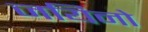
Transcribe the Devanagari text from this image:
जयिनो